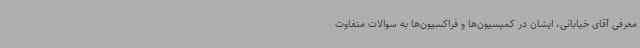
معرفی آقای خیابانی، ایشان در کمیسیون‌ها و فراکسیون‌ها به سوالات متفاوت